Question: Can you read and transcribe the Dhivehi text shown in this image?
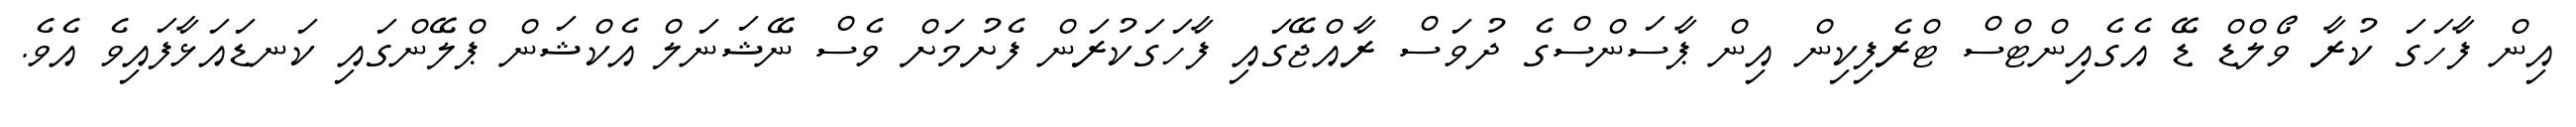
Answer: އިން ފާހަގަ ކުރާ ވޯލްޑް ޑޭ އެގެއިންޓްސް ޓްރެފިކިން އިން ޕާސަންސްގެ ދުވަސް ރާއްޖޭގައި ފާހަގަކުރަން ފެށުމަށް ވެސް ނޭޝަނަލް އެކްޝަން ޕްލޭންގައި ކަނޑައަޅާފައިވެ އެވެ.